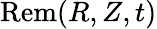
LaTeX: \mathrm{Rem}(R,Z,t)